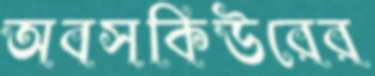
অবসকিউরের